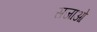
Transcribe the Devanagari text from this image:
सजाओ